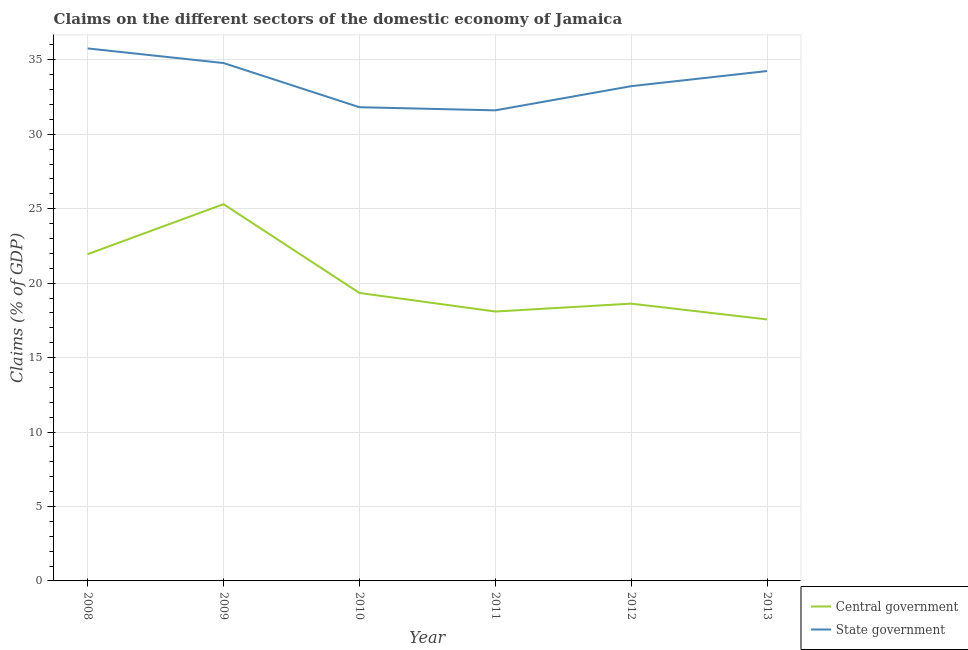
| Year | Central government | State government |
 | --- | --- | --- |
 | 2008 | 21.9 | 35.8 |
 | 2009 | 25.3 | 34.8 |
 | 2010 | 19.3 | 31.8 |
 | 2011 | 18.1 | 31.6 |
 | 2012 | 18.6 | 33.2 |
 | 2013 | 17.6 | 34.2 |